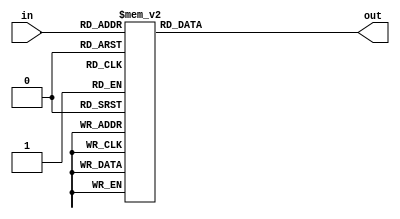
//
//
// https://hdlbits.01xz.net/wiki/Popcount3
//
//

`default_nettype none

module top_module (
    input   [2:0]   in,
    output  [1:0]   out
);

    reg [1:0]   value;
    always @(*) begin
        case (in)
        3'b000 : value = 2'd0;
        3'b001 : value = 2'd1;
        3'b010 : value = 2'd1;
        3'b011 : value = 2'd2;
        3'b100 : value = 2'd1;
        3'b101 : value = 2'd2;
        3'b110 : value = 2'd2;
        3'b111 : value = 2'd3;
        endcase
    end

    assign out = value;

endmodule